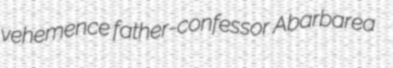
vehemence father-confessor Abarbarea